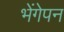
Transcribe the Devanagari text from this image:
भेंगेपन